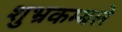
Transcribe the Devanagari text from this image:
शुभ्रकम्बले